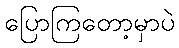
ပြောကြတော့မှာပဲ